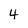
Character: 4